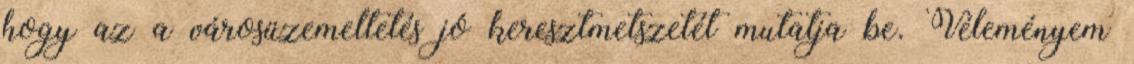
hogy az a városüzemeltetés jó keresztmetszetét mutatja be. Véleményem